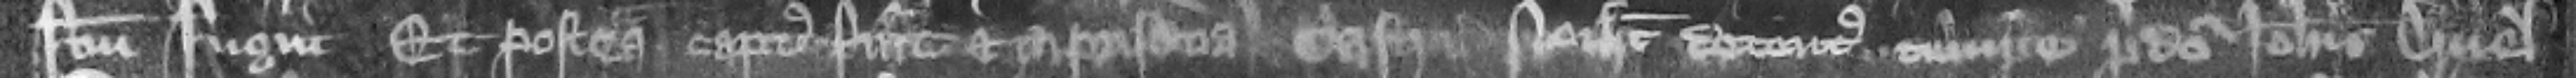
factum fugit Et postea captus fuit et in prisona castri Norhamton detentus tempore predicti Iohannis Druel